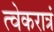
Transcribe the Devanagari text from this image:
त्वेकरात्रं